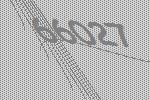
66027